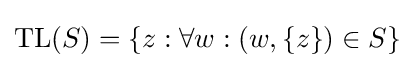
{\text{TL}}(S)=\{z:\forall w:(w,\{z\})\in S\}